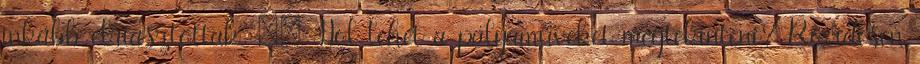
inkább elriasztottak. ·· Hol lehet a pályaműveket megtekinteni? Rövidesen